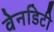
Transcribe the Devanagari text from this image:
वेनडिटी